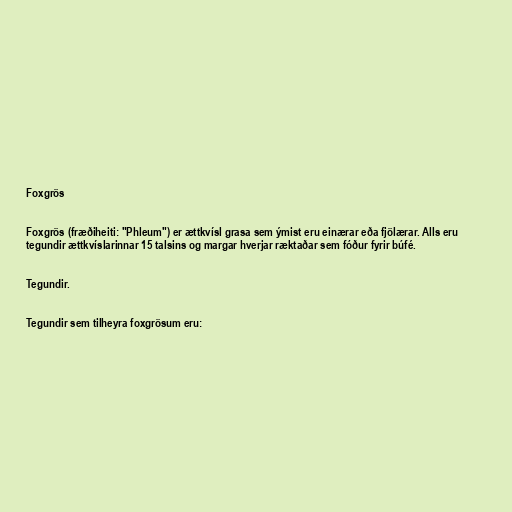
Foxgrös

Foxgrös (fræðiheiti: "Phleum") er ættkvísl grasa sem ýmist eru einærar eða fjölærar. Alls eru
tegundir ættkvíslarinnar 15 talsins og margar hverjar ræktaðar sem fóður fyrir búfé.

Tegundir.

Tegundir sem tilheyra foxgrösum eru: